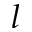
l